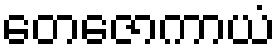
တေဇောကာယံ